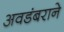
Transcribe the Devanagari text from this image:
अवडंबराने